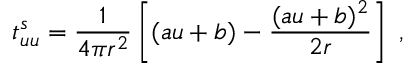
t _ { u u } ^ { s } = { \frac { 1 } { 4 \pi r ^ { 2 } } } \left[ ( a u + b ) - { \frac { ( a u + b ) ^ { 2 } } { 2 r } } \right] \; ,